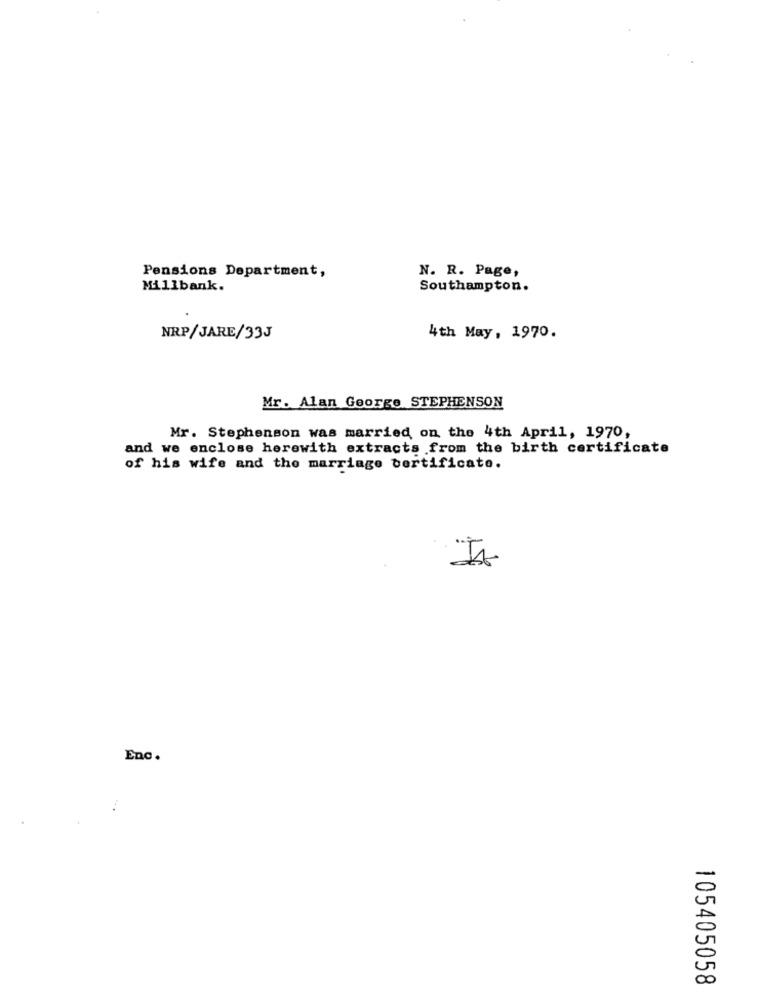
Pensions Department,
N. R. Page,
Millbank.
Southampton.
NRP/JARE/33J
4th May, 1970.
Mr. Alan George STEPHENSON
Mr. Stephenson was married on the 4th April, 1970,
and we enclose herewith extracts from the birth certificate
of his wife and the marriage certificate.
Enc.
0
00
105405058